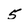
Character: 5